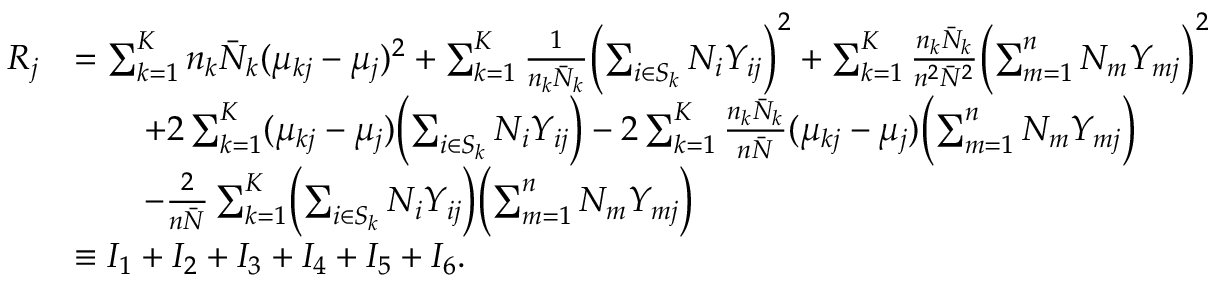
\begin{array} { r l } { R _ { j } } & { = \sum _ { k = 1 } ^ { K } n _ { k } \bar { N } _ { k } ( \mu _ { k j } - \mu _ { j } ) ^ { 2 } + \sum _ { k = 1 } ^ { K } \frac { 1 } { n _ { k } \bar { N } _ { k } } \Bigl ( \sum _ { i \in S _ { k } } N _ { i } Y _ { i j } \Bigr ) ^ { 2 } + \sum _ { k = 1 } ^ { K } \frac { n _ { k } \bar { N } _ { k } } { n ^ { 2 } \bar { N } ^ { 2 } } \Bigl ( \sum _ { m = 1 } ^ { n } N _ { m } Y _ { m j } \Bigr ) ^ { 2 } } \\ & { \qquad + 2 \sum _ { k = 1 } ^ { K } ( \mu _ { k j } - \mu _ { j } ) \Bigl ( \sum _ { i \in S _ { k } } N _ { i } Y _ { i j } \Bigr ) - 2 \sum _ { k = 1 } ^ { K } \frac { n _ { k } \bar { N } _ { k } } { n \bar { N } } ( \mu _ { k j } - \mu _ { j } ) \Bigl ( \sum _ { m = 1 } ^ { n } N _ { m } Y _ { m j } \Bigr ) } \\ & { \qquad - \frac { 2 } { n \bar { N } } \sum _ { k = 1 } ^ { K } \Bigl ( \sum _ { i \in S _ { k } } N _ { i } Y _ { i j } \Bigr ) \Bigl ( \sum _ { m = 1 } ^ { n } N _ { m } Y _ { m j } \Bigr ) } \\ & { \equiv I _ { 1 } + I _ { 2 } + I _ { 3 } + I _ { 4 } + I _ { 5 } + I _ { 6 } . } \end{array}